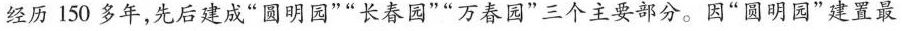
经历150多年，先后建成”圆明园””长春园””万春园”三个主要部分。因”圆明园”建置最